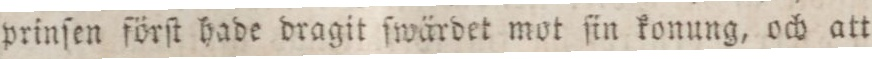
prinſen förſt hade dragit ſwärdet mot ſin konung, och att